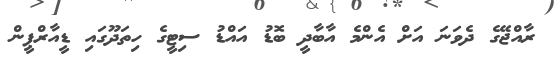
ރާއްޖޭގެ ދެވަނަ އަށް އެންމެ އާބާދީ ބޮޑު އައްޑު ސިޓީގެ ހިތަދޫގައި ޑީއާރްޕީން